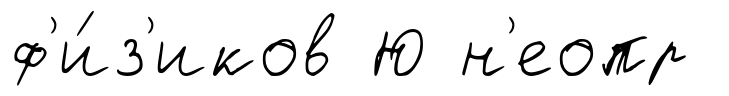
ф'и́з'иков Ю н'еопр